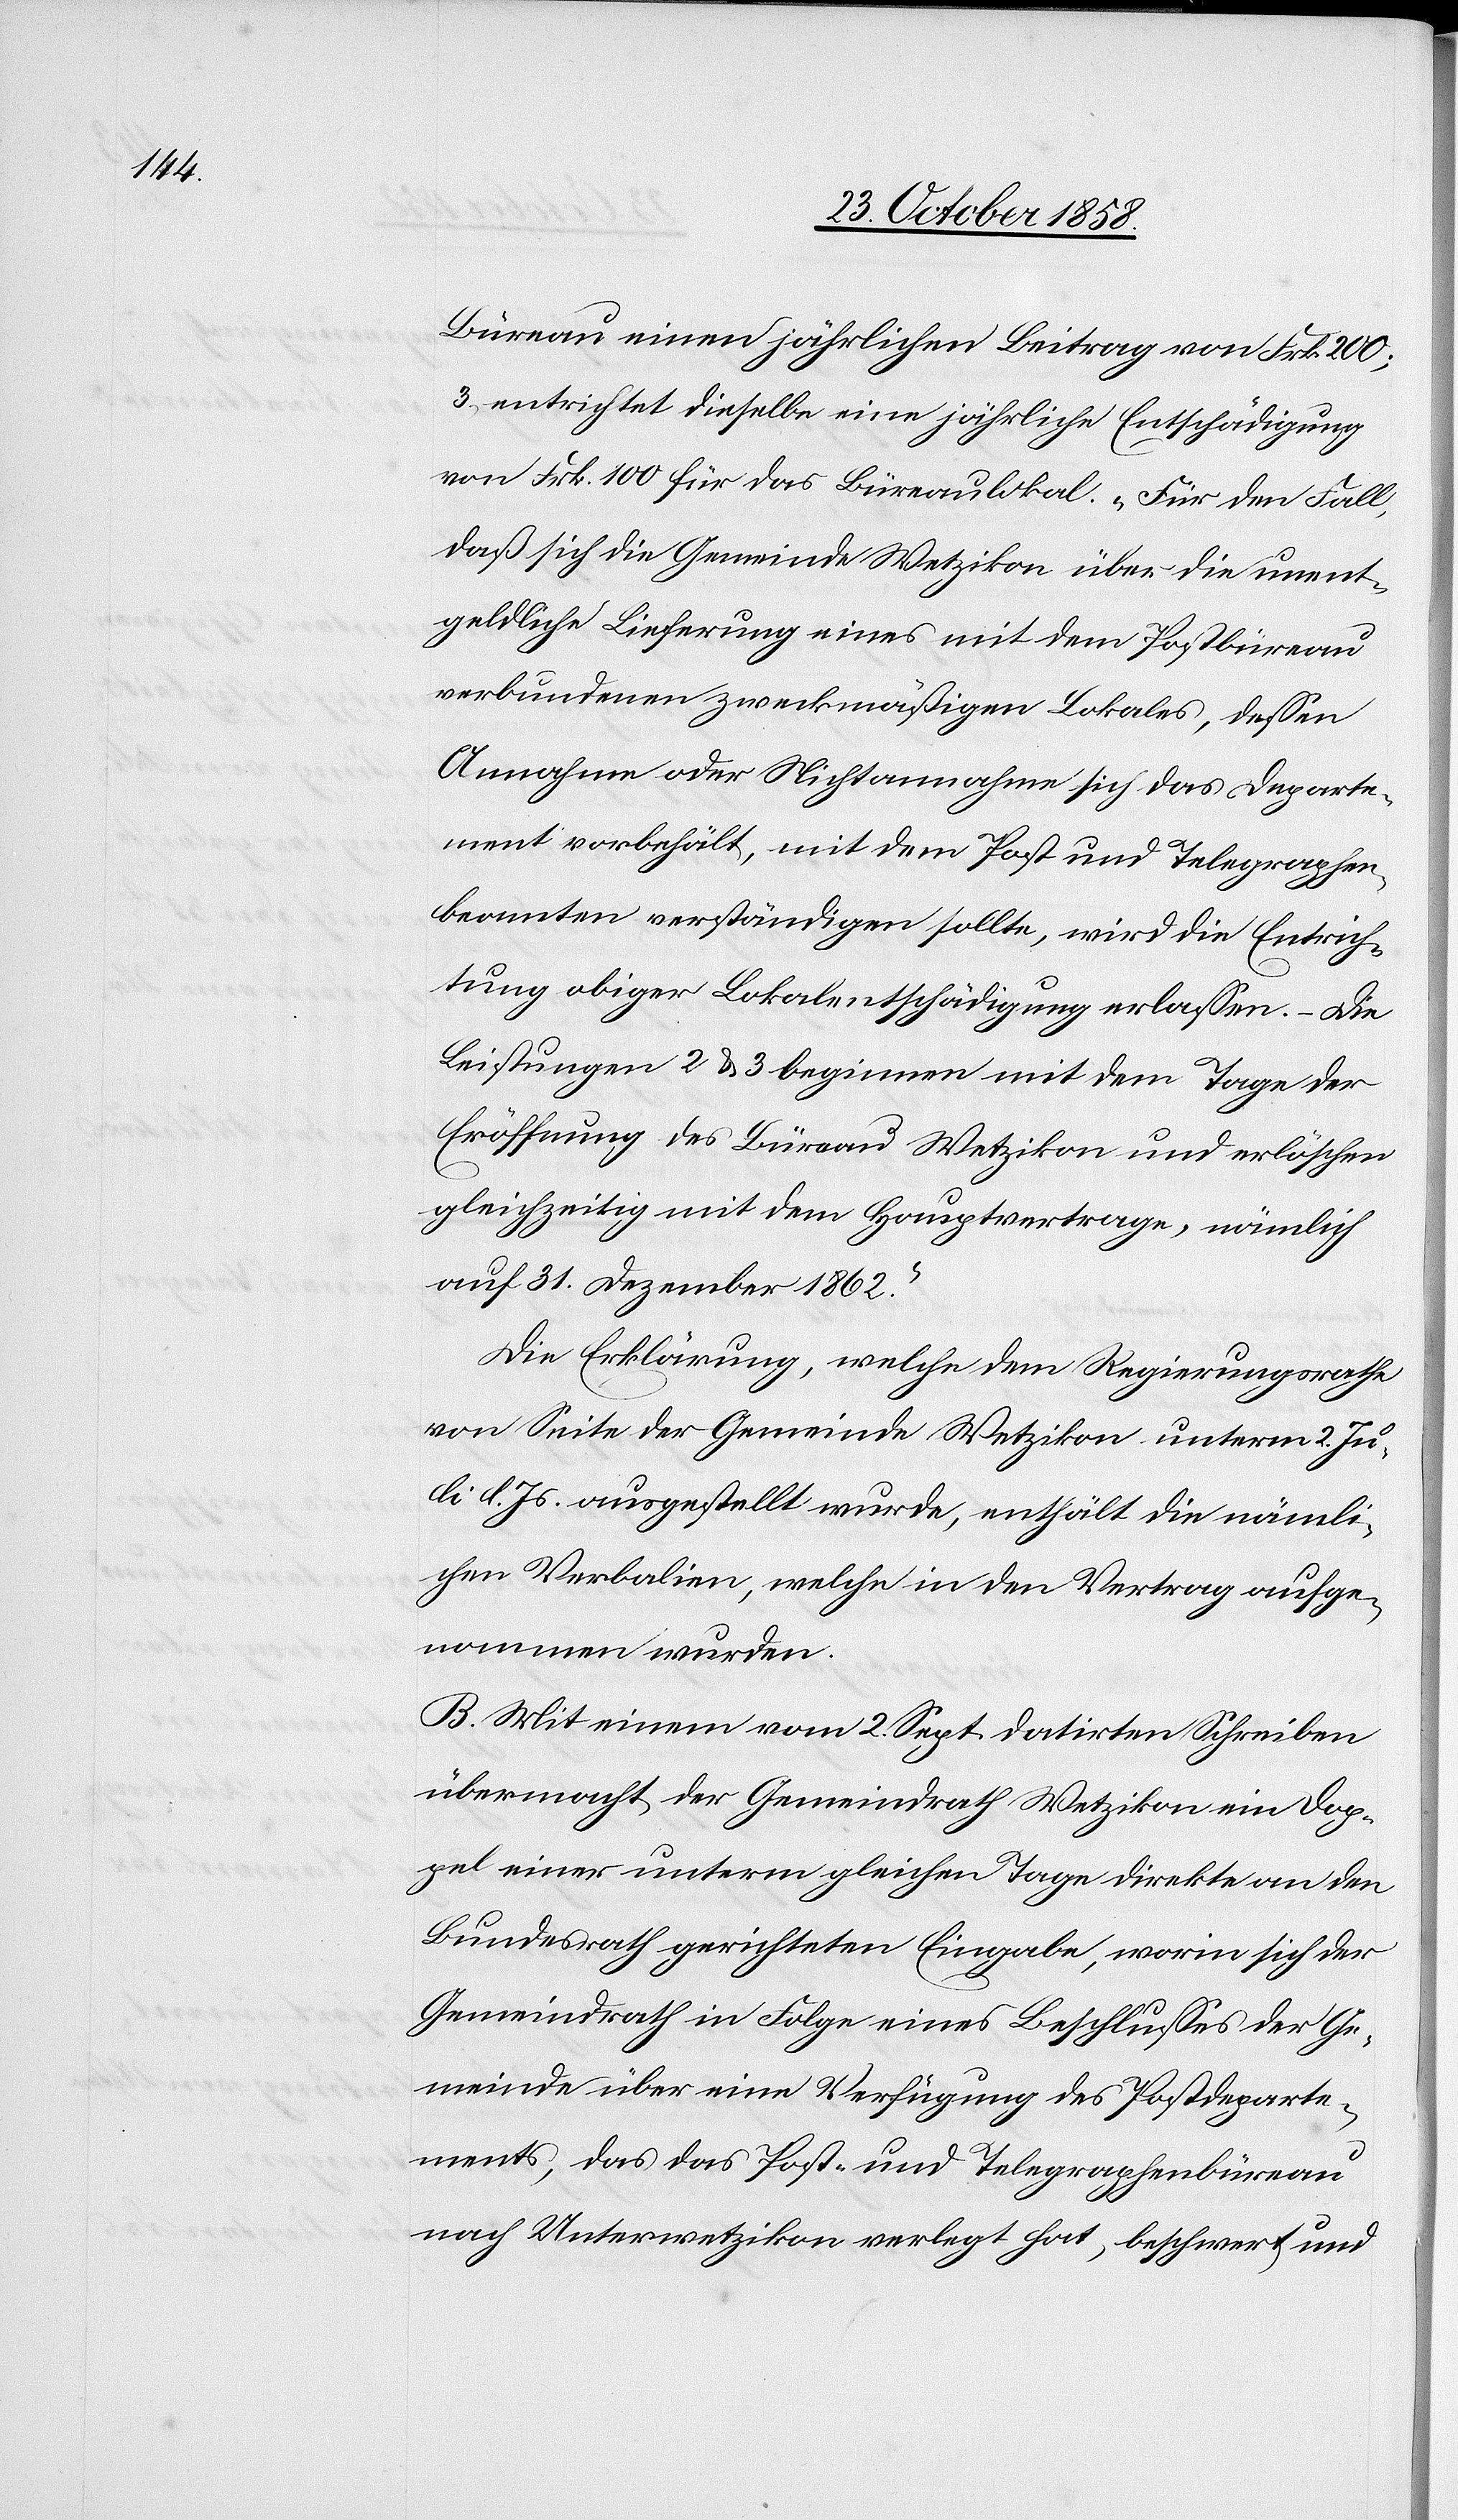
Büreau einen jährlichen Beitrag von Frk. 200;
3. entrichtet dieselbe eine jährliche Entschädigung
von Frk. 100 für das Büreaulokal. „Für den Fall,
daß sich die Gemeinde Wetzikon über die unent¬
geldliche Lieferung eines mit dem Postbüreau
verbundenen zweckmäßigen Lokales, dessen
Annahme oder Nichtannahme sich das Departe¬
ment vorbehält, mit dem Post[-] und Telegraphen¬
beamten verständigen sollte, wird die Entrich¬
tung obiger Lokalentschädigung erlassen. – Die
Leistungen 2 & 3 beginnen mit dem Tage der
Eröffnung des Büreau Wetzikon und erlöschen
gleichzeitig mit dem Hauptvertrage, nämlich
auf 31. Dezember 1862.“
Die Erklärung, welche dem Regierungsrathe
von Seite der Gemeinde Wetzikon unterm 2. Ju¬
li l. Js. ausgestellt wurde, enthält die nämli¬
chen Verbalien, welche in den Vertrag aufge¬
nommen wurden.
B. Mit einem vom 2. Sept. datirten Schreiben
übermacht der Gemeindrath Wetzikon ein Dop¬
pel einer unterm gleichen Tage direkte an den
Bundesrath gerichteten Eingabe, worin sich der
Gemeindrath in Folge eines Beschlusses der Ge¬
meinde über eine Verfügung des Postdeparte¬
ments, das das Post- und Telegraphenbüreau
nach Unterwetzikon verlegt hat, beschwert, und